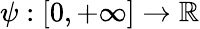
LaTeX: \psi:[0,+\infty]\rightarrow\mathbb{R}